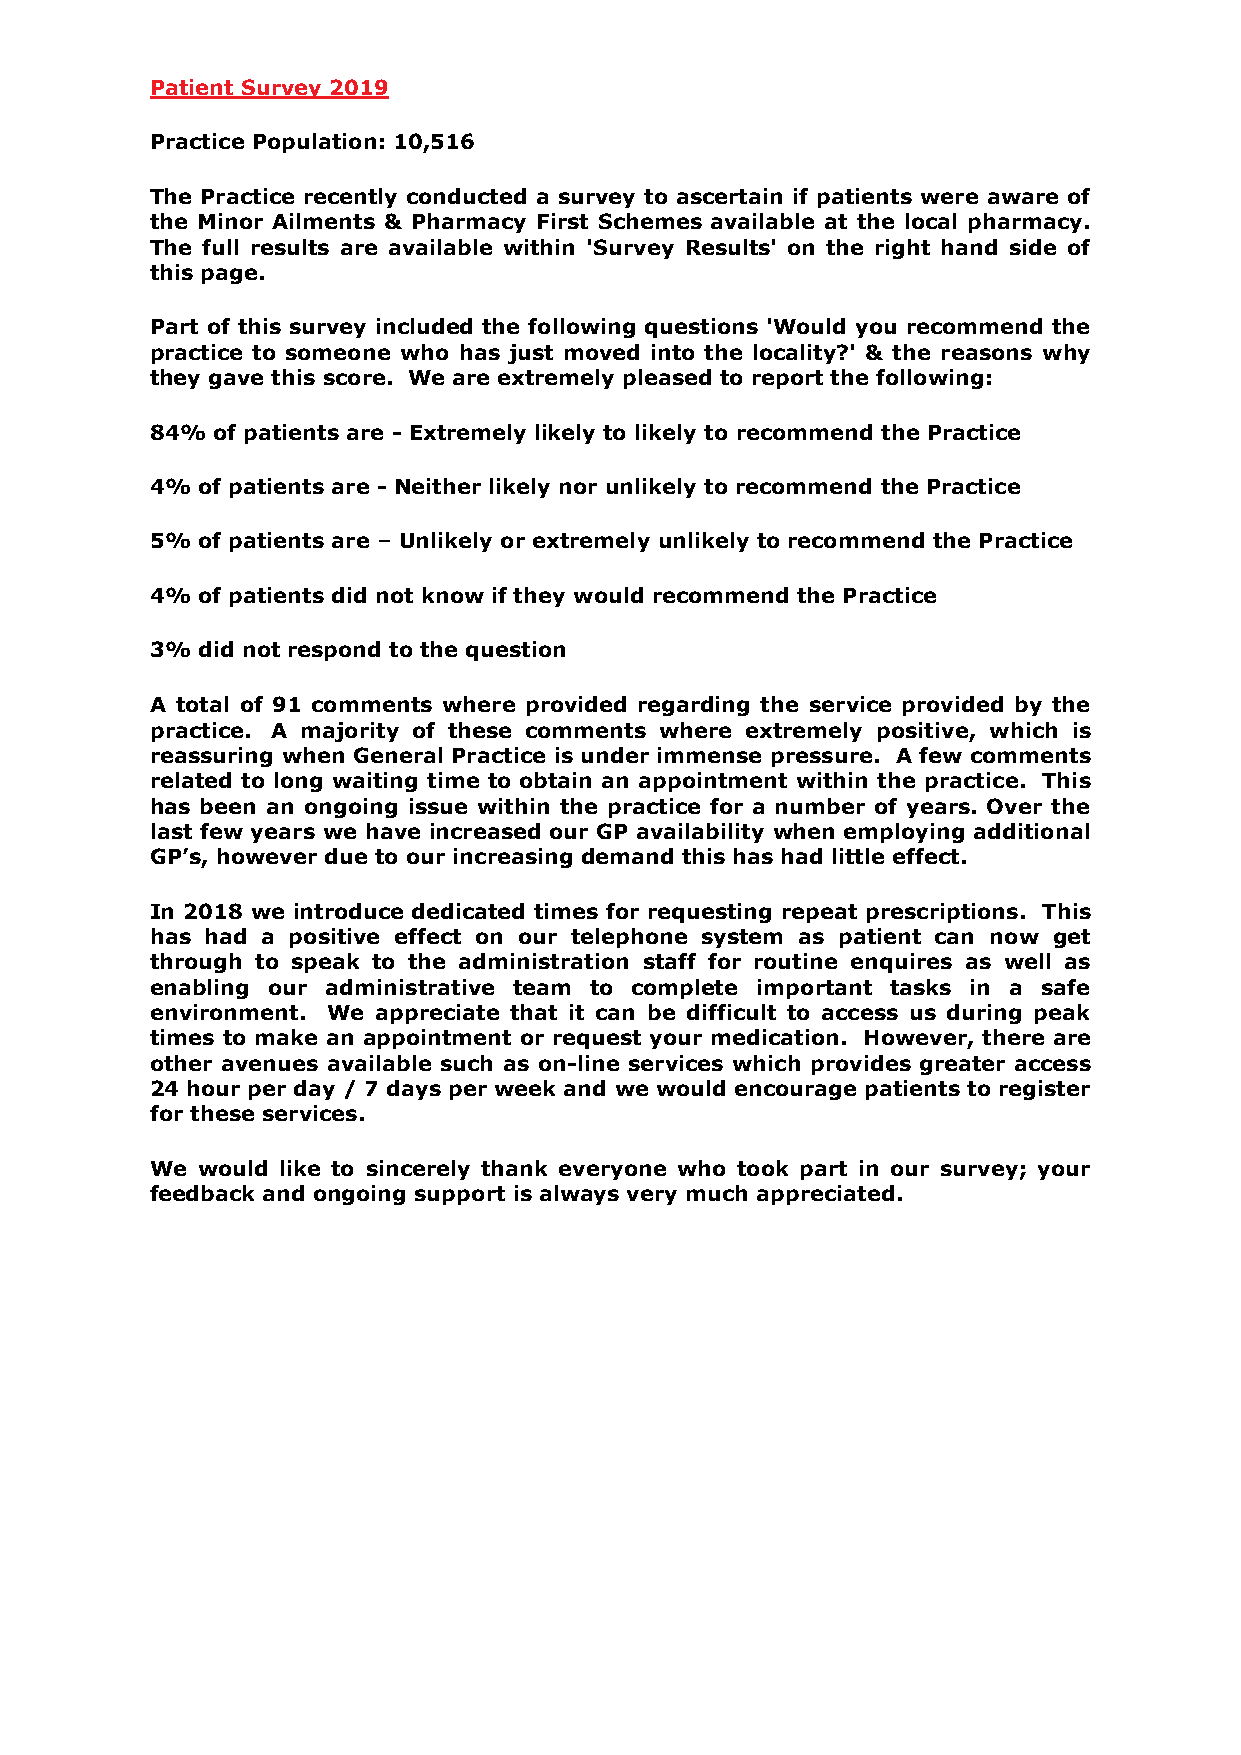
Patient Survey 2019
 Practice Population: 10,516
 The Practice recently conducted a survey to ascertain if patients were aware of
 the Minor Ailments & Pharmacy First Schemes available at the local pharmacy.
 The full results are available within 'Survey Results' on the right hand side of
 this page.
 Part of this survey included the following questions 'Would you recommend the
 practice to someone who has just moved into the locality?' & the reasons why
 they gave this score. We are extremely pleased to report the following:
 84% of patients are - Extremely likely to likely to recommend the Practice
 4% of patients are - Neither likely nor unlikely to recommend the Practice
 5% of patients are – Unlikely or extremely unlikely to recommend the Practice
 4% of patients did not know if they would recommend the Practice
 3% did not respond to the question
 A total of 91 comments where provided regarding the service provided by the
 practice. A majority of these comments where extremely positive, which is
 reassuring when General Practice is under immense pressure. A few comments
 related to long waiting time to obtain an appointment within the practice. This
 has been an ongoing issue within the practice for a number of years. Over the
 last few years we have increased our GP availability when employing additional
 GP’s, however due to our increasing demand this has had little effect.
 In 2018 we introduce dedicated times for requesting repeat prescriptions. This
 has had a positive effect on our telephone system as patient can now get
 through to speak to the administration staff for routine enquires as well as
 enabling our administrative team to complete important tasks in a safe
 environment. We appreciate that it can be difficult to access us during peak
 times to make an appointment or request your medication. However, there are
 other avenues available such as on-line services which provides greater access
 24 hour per day / 7 days per week and we would encourage patients to register
 for these services.
 We would like to sincerely thank everyone who took part in our survey; your
 feedback and ongoing support is always very much appreciated.